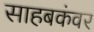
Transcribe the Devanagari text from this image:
साहबकंवर